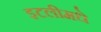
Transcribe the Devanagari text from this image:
इटलीमधे